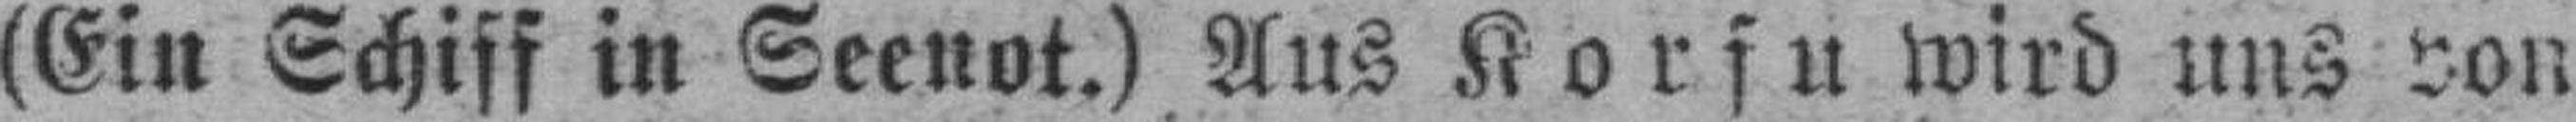
(Ein Schiss in Seenot.) Aus Korfu wird uns von